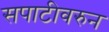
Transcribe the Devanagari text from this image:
सपाटीवरुन